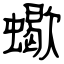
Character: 蠍